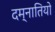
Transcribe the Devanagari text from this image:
दम्नातियो